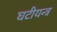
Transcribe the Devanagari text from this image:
घटीयन्त्र